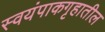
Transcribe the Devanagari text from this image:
स्वयंपाकगृहातील